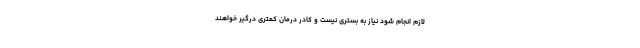
لازم انجام شود نیاز به بستری نیست و کادر درمان کمتری درگیر خواهند